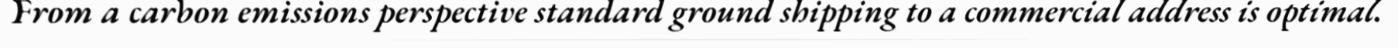
From a carbon emissions perspective standard ground shipping to a commercial address is optimal.